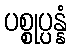
ပစ္စုပ္ပန္နံ